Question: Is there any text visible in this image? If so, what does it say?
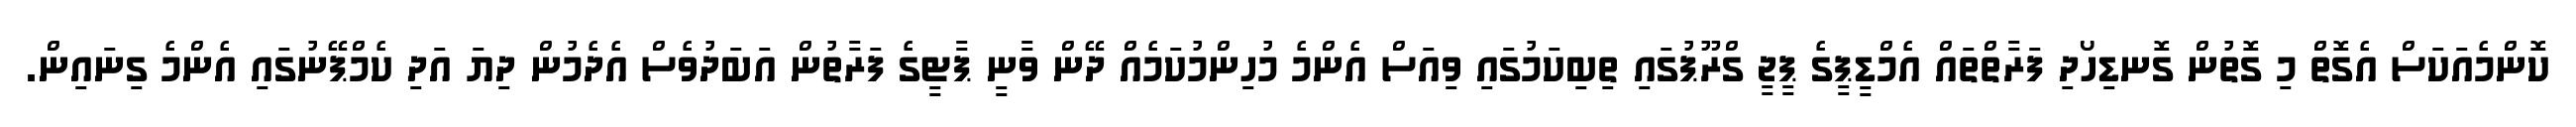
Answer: ކޮންމެއަކަސް އެގޮތް މި ގޮތުން ގޮނޑިހޯދި ފަރާތްތައް އެމްޑީޕީގެ ޕީޖީ ގްރޫޕުގައި ތިބިކަމުގައި ވިއަސް އެންމެ މުހިންމުކަމެއް ދޭން ވާނީ ޕާޓީގެ ފަރާތުން އަބަދުވެސް އެދެމުން ދިޔަ އަދި ކެމްޕޭނުގައި އެންމެ ގިނައިން.